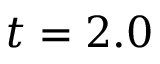
t = 2 . 0